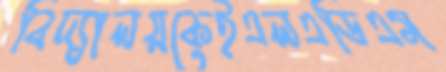
বিদ্যালয়কেইএলএডিএম